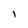
Character: l